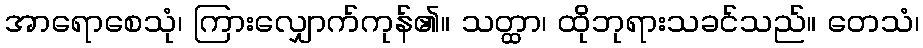
အာရောစေသုံ၊ ကြားလျှောက်ကုန်၏။ သတ္ထာ၊ ထိုဘုရားသခင်သည်။ တေသံ၊